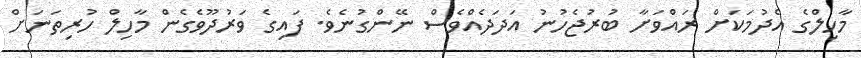
މާހިލްގެ އެދުމަކަށް ރައްވަށާ ބުރުޖެހުނު އަދަދެއްވެސް ނޭންގުނެވެ. ފައިގެ ވަރުދޫވެގެން މާހިލް ހުރިތަނަށް